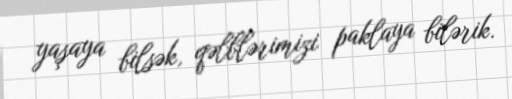
yaşaya bilsək, qəlblərimizi paklaya bilərik.